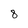
Character: 8